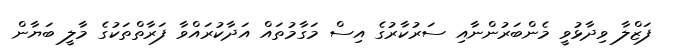
ފަޒްލާ ވިދާޅުވީ މެންބަރުންނާއި ސަރުކާރުގެ އިސް މަގާމުތަައް އަދާކުރައްވާ ފަރާތްތަކުގެ މާލީ ބަޔާން